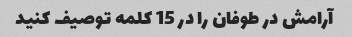
آرامش در طوفان را در 15 کلمه توصیف کنید